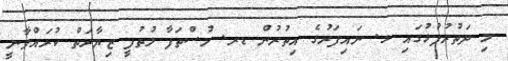
މި ދަތުރުފުޅުގައި ޅ. ނައިފަރުގެ އިތުރުން ޑރ. މުސްތަފާ ލުތުފީ ޒިޔާރަތް ކުރައްވާނީ